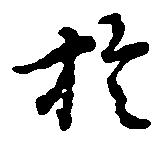
於